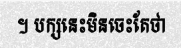
។ បក្សនេះមិនចេះតែថា